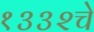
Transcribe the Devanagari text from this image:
१३३२चे